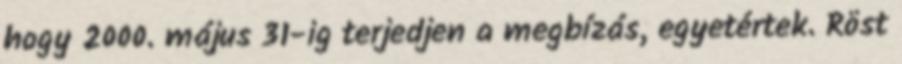
hogy 2000. május 31-ig terjedjen a megbízás, egyetértek. Röst